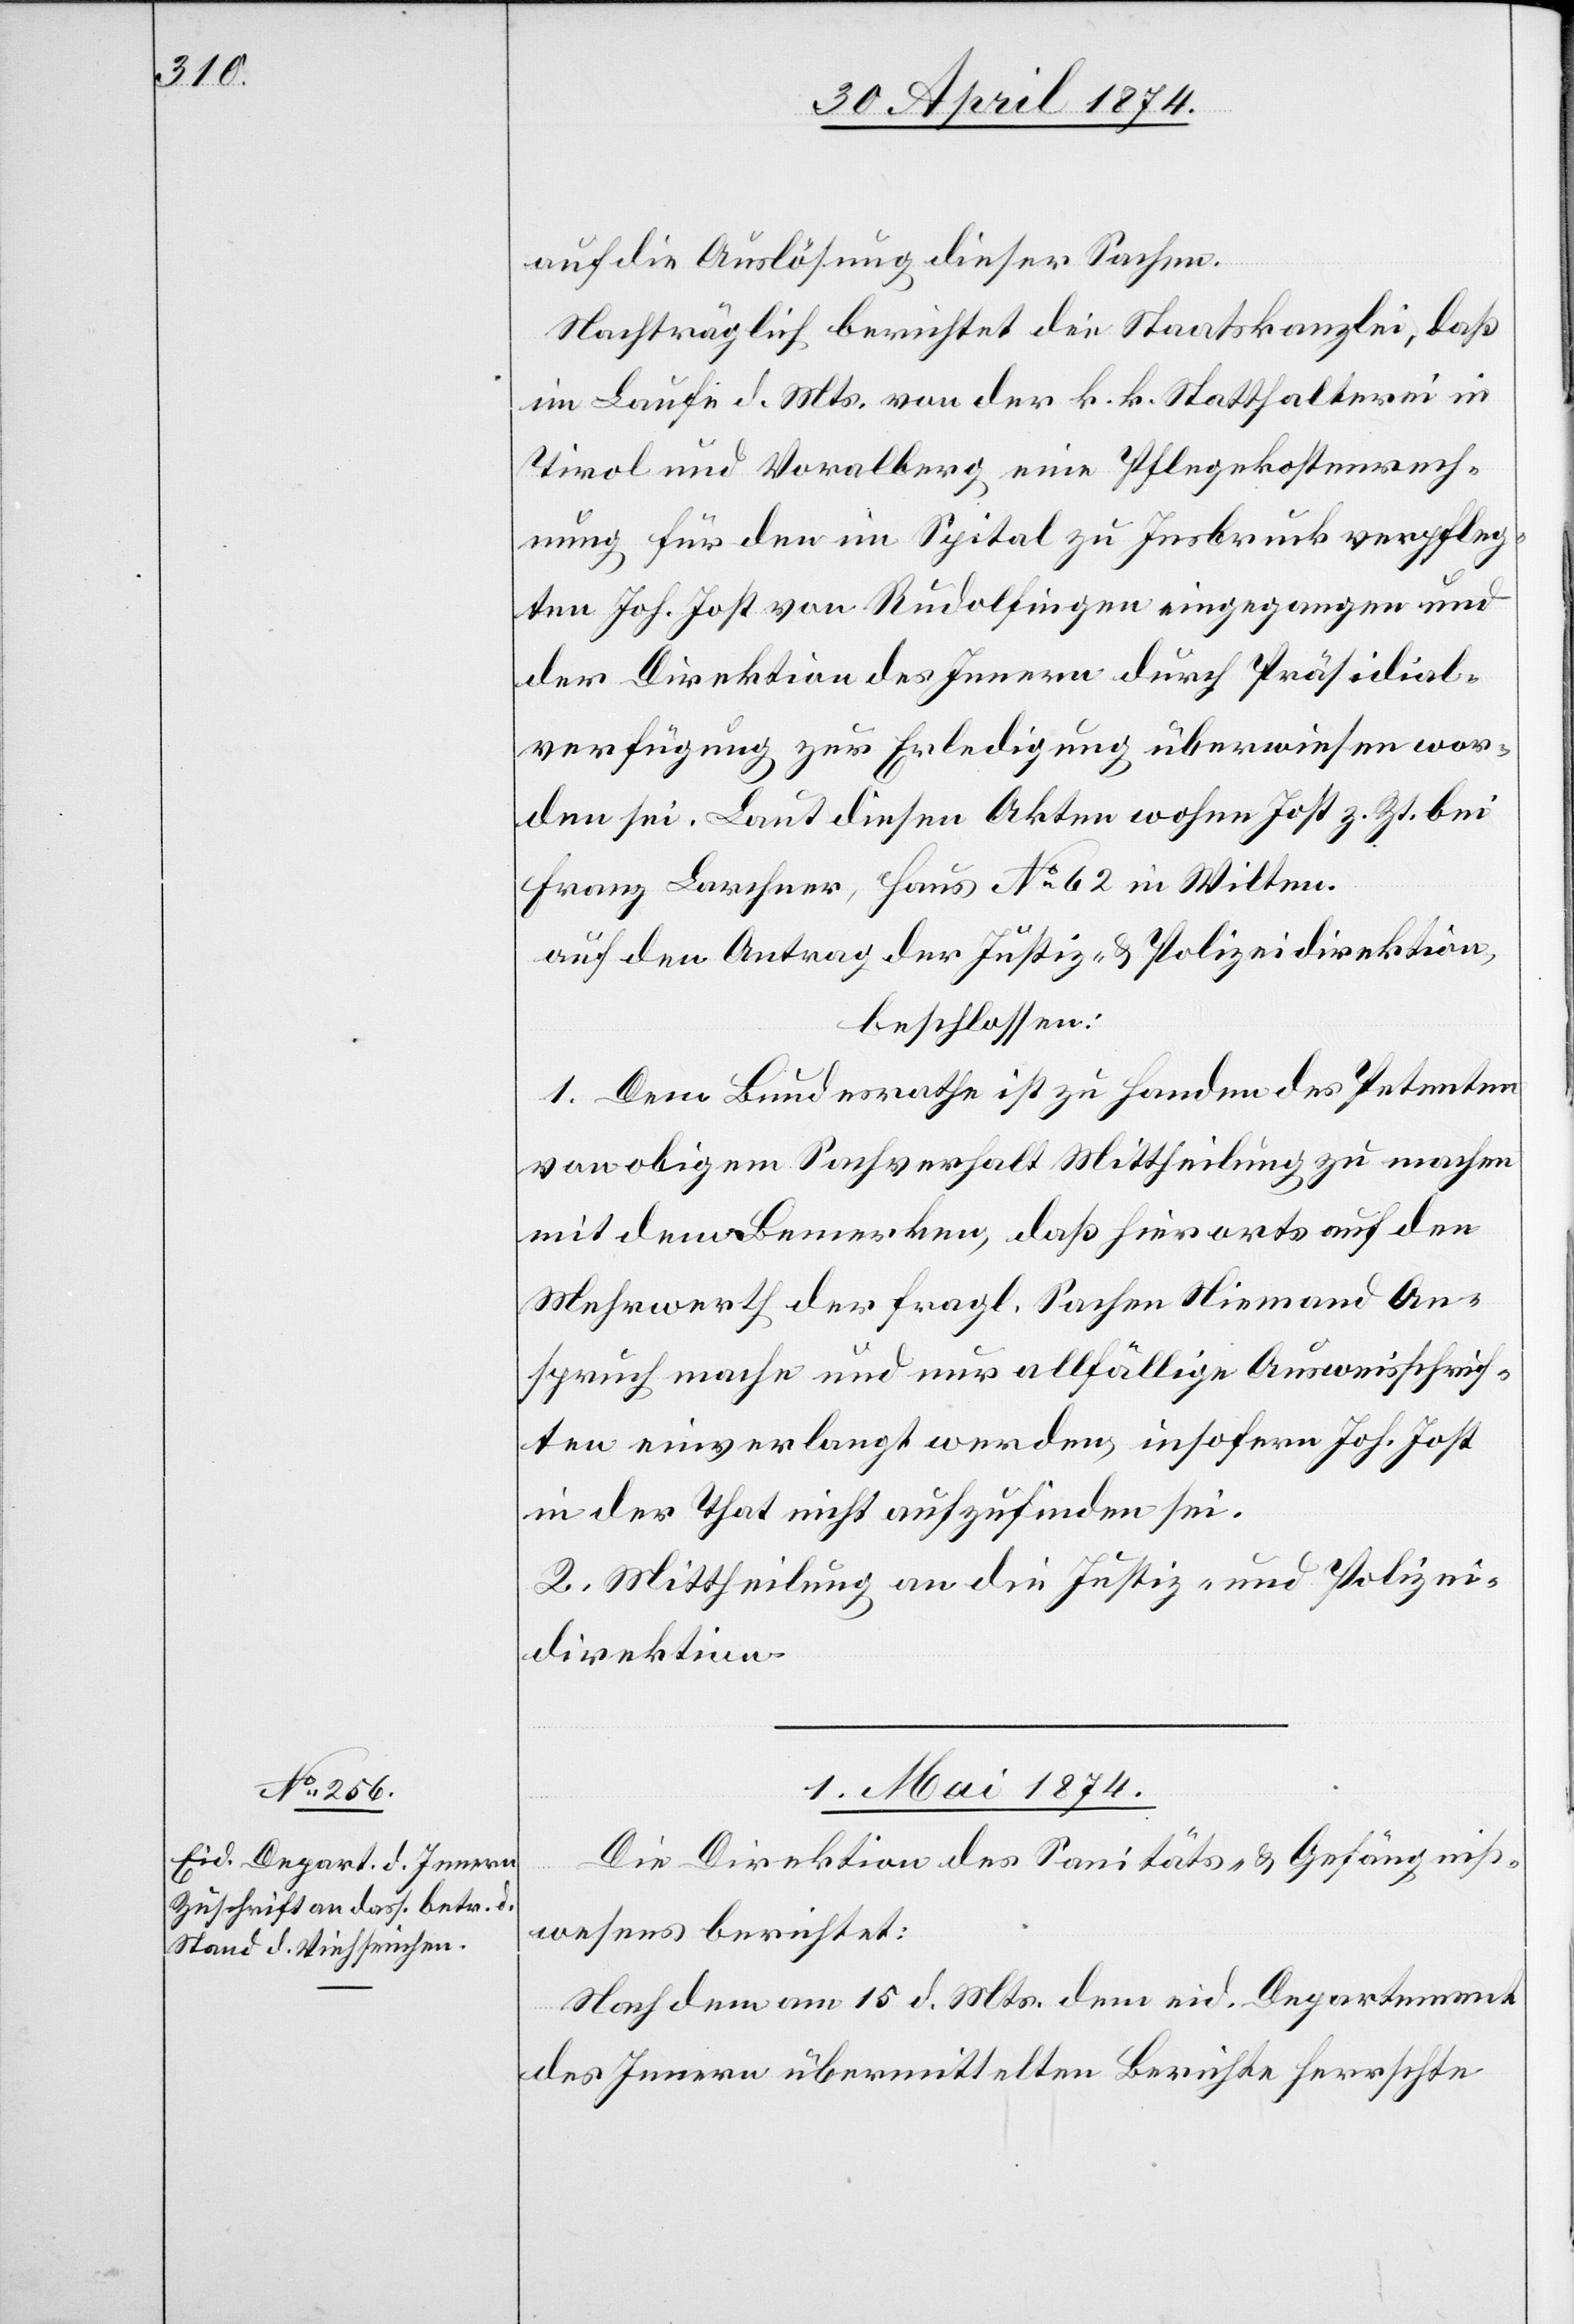
auf die Auslösung dieser Sachen.
Nachträglich berichtet die Staatskanzlei, daß
im Laufe d. Mts. von der k. k. Statthalterei in
Tirol und Voralberg eine Pflegekostenrech¬
nung für den im Spital zu Insbruck verpfleg¬
ten Joh. Jost von Rudolfingen eingegangen und
der Direktion des Innern durch Präsidial¬
verfügung zur Erledigung überwiesen wor¬
den sei. Laut diesen Akten wohne Jost z. Zt. bei
Franz Larchner, Haus No 62 in Wilten.
Auf den Antrag der Justiz- u. Polizeidirektion,
beschlossen:
1. Dem Bundesrathe ist zu Handen des Petenten
von obigem Sachverhalt Mittheilung zu machen
mit dem Bemerken, daß hierorts auf den
Mehrwerth der fragl. Sachen Niemand An¬
spruch mache und nur allfällige Ausweisschrif¬
ten einverlangt werden, insofern joh. Jost
in der That nicht aufzufinden sei.
2. Mittheilung an die Justiz- und Polizei¬
direktion.
1. Mai 1874.
Die Direktion des Sanitäts- u. Gefängniß¬
wesens berichtet:
Nachdem am 15. d. Mts. dem eid. Departement
des Innern übermittelten Berichte herrschte